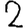
Digit: 2